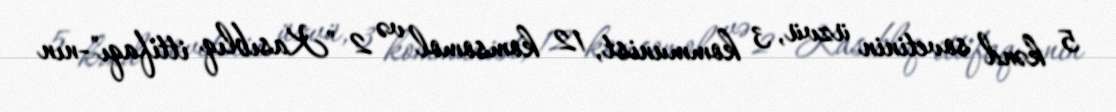
5 kənd sovetinin üzvü, 3 kommunist, 12 komsomol və 2 "Kasıblıq ittifaqı"-nın